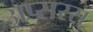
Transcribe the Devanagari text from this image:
अप्सरस्